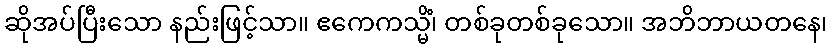
ဆိုအပ်ပြီးသော နည်းဖြင့်သာ။ ဧကေကသ္မိံ၊ တစ်ခုတစ်ခုသော။ အဘိဘာယတနေ၊